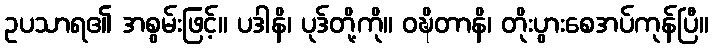
ဥပသာရ၏ အစွမ်းဖြင့်။ ပဒါနိ၊ ပုဒ်တို့ကို။ ဝဍ္ဎိတာနိ၊ တိုးပွားစေအပ်ကုန်ပြီ။